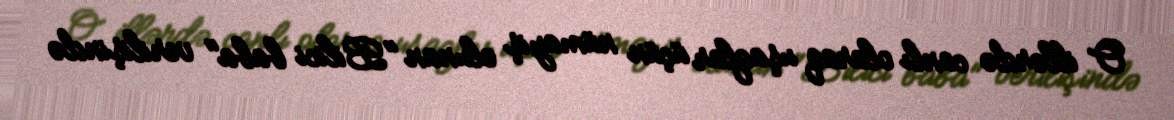
O illərdə canlı olaraq uşaqlar üçün nümayiş olunan "Bilici baba" verilişində